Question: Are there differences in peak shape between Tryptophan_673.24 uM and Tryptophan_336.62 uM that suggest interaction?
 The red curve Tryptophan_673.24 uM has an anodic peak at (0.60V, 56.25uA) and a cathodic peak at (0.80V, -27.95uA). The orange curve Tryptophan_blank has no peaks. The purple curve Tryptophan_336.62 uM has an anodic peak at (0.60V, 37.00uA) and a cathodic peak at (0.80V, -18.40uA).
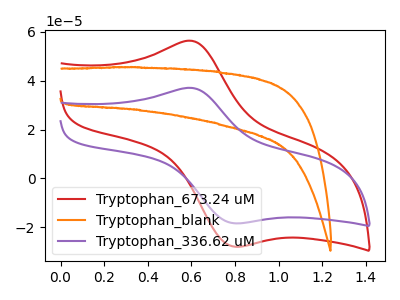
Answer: <think>All the peaks in "Tryptophan_673.24 uM" have a peak in "Tryptophan_336.62 uM" at the same potential. Every peak in "Tryptophan_673.24 uM" is higher than every peak in "Tryptophan_336.62 uM".
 </think>
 <answer>No, "Tryptophan_673.24 uM" and "Tryptophan_336.62 uM" don't appear to be significantly different in shape</answer>
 <eval>no_change</eval>